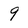
Character: 9